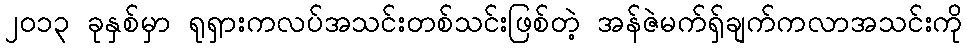
၂၀၁၃ ခုနှစ်မှာ ရုရှားကလပ်အသင်းတစ်သင်းဖြစ်တဲ့ အန်ဇဲမက်ရှ်ချက်ကလာအသင်းကို